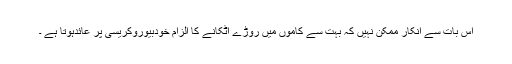
اس بات سے انکار ممکن نہیں کہ بہت سے کاموں میں روڑے اٹکانے کا الزام خودبیوروکریسی پر عائدہوتا ہے ۔